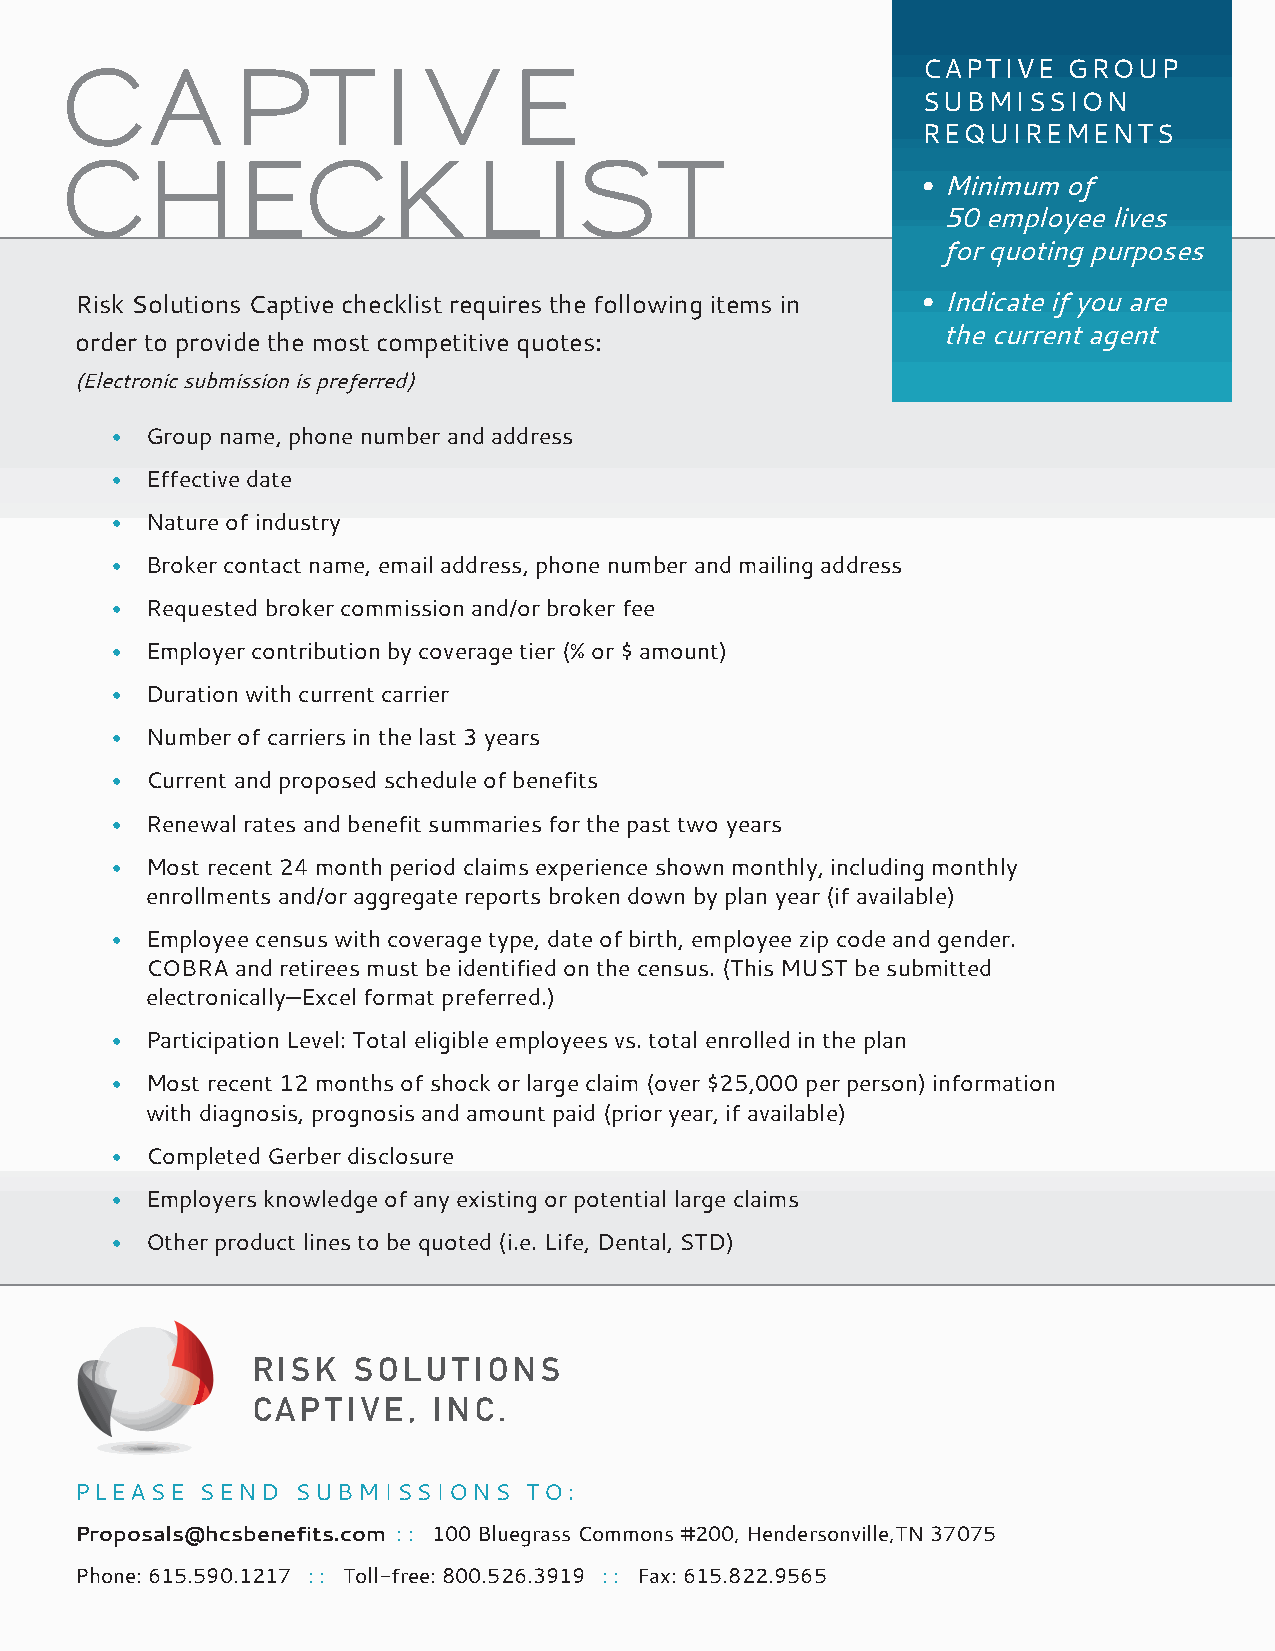
CAPTivE  GROUP
 Ca         pti          v     e
 SUBMiSS   iON
 REqUiREMENTS
 CHeCK                      LiSt
 • Minimum of
 50 employee lives
 for quoting purposes
 Risk Solutions Captive checklist requires the following items in • Indicate if you are
 the current agent
 order to provide the most competitive quotes:
 (Electronic submission is preferred)
 •  Group name, phone number and address
 •  Effective date
 •  Nature of industry
 •  Broker contact name, email address, phone number and mailing address
 •  Requested broker commission and/or broker fee
 •  Employer contribution by coverage tier (% or $ amount)
 •  Duration withR cIuSrrKen St cOarLriUerTIONS
 CAPTIVE,  INC .
 •  Number of carriers in the last 3 years
 •  Current and proposed schedule of benefits
 •  Renewal rates and benefit summaries for the past two years
 •  Most recent 24 month period claims experience shown monthly, including monthly
 enrollments and/or aggregate reports broken down by plan year (if available)
 •  Employee census with coverage type, date of birth, employee zip code and gender.
 COBRA and retirees must be identified on the census. (This MUST be submitted
 electronically—Excel format preferred.)
 •  Participation Level: Total eligible employees vs. total enrolled in the plan
 •  Most recent 12 months of shock or large claim (over $25,000 per person) information
 R I S K S O  L U T I O N S
 with diagnosis, prognosis and amount paid (prior year, if available)
 C  A P T I VE, I N C.
 •  Completed Gerber disclosure
 •  Employers knowledge of any existing or potential large claims
 •  Other product lines to be quoted (i.e. Life, Dental, STD)
 RISK  SOLUTIONS
 CAPTIVE   , INC .
 PPLLEEAASSEE SSEENNDD SSUUBBMMiiSSSSiiOONNSS TTOO::
 Proposals@hcsbenefits.com : : 100 Bluegrass Commons #200, Hendersonville,TN 37075
 Phone: 615.590.1217 : : Toll-free: 800.526.3919 : : Fax: 615.822.9565
 RISK
 SOLUTIONS
 CAPTIVE,  INC.
 RSC